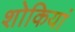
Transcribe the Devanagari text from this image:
शोकियां